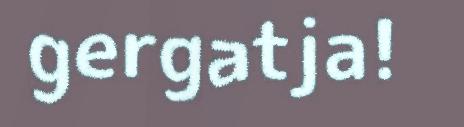
gergatja!